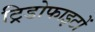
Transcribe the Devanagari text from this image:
ट्रिडोफाइटों